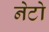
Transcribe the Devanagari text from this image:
नेटो